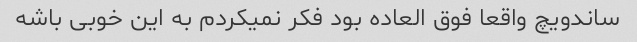
ساندویچ واقعا فوق العاده بود فکر نمیکردم به این خوبی باشه